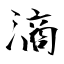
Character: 滳